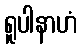
ရူပါနာဟံ